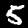
Label: 5